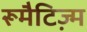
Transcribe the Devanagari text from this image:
रूमैटिज्म़